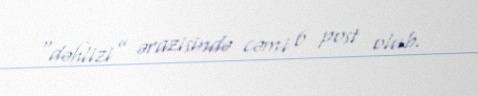
“dəhlizi” ərazisində cəmi 6 post olub.